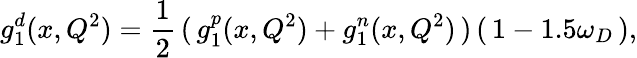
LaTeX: g_{1}^{d}(x,Q^{2})=\frac{1}{2}\, (\, g_{1}^{p}(x,Q^{2})+g_{1}^{n}(x,Q^{2})\, )\, (\, 1-1.5\omega_{D}\, ),